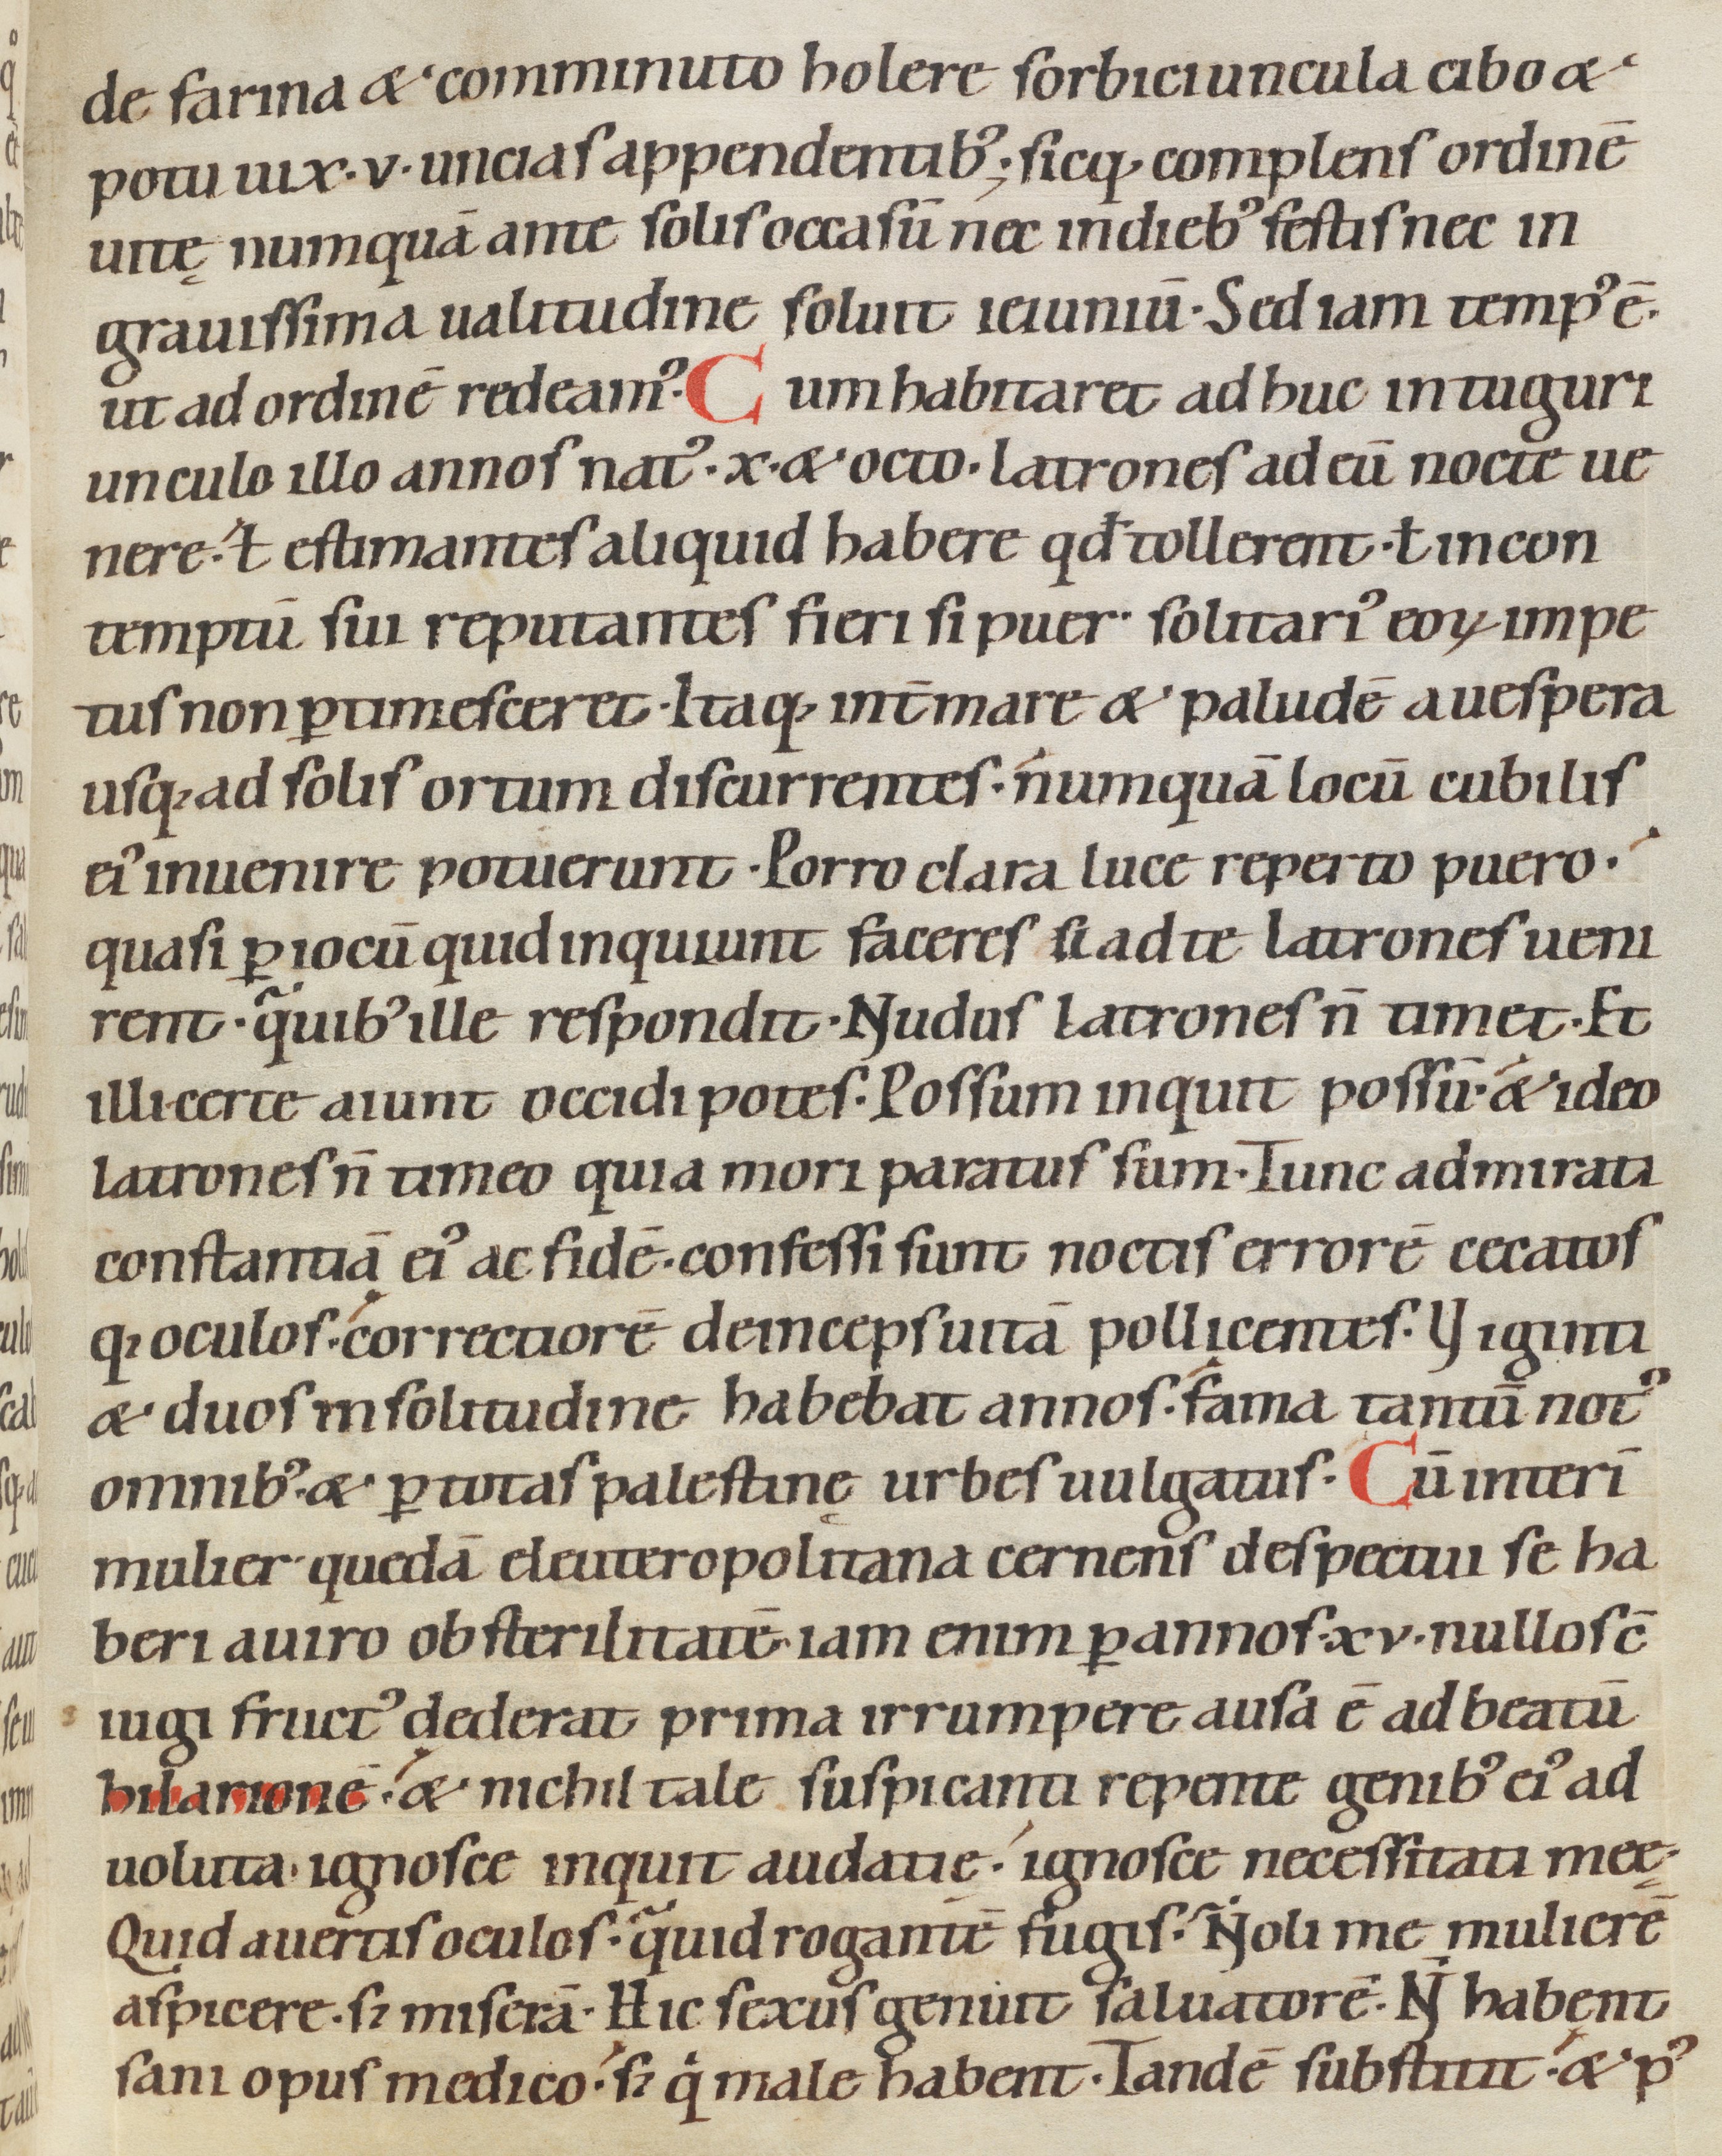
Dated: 1080–1096